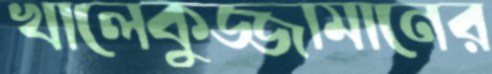
খালেকুজ্জামানের